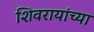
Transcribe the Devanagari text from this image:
शिवरायांच्या